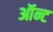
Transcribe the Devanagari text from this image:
ऑन्ट